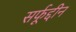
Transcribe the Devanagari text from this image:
सर्फूद्दीन